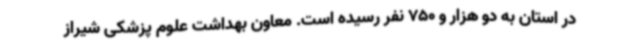
در استان به دو هزار و 750 نفر رسیده است. معاون بهداشت علوم پزشکی شیراز